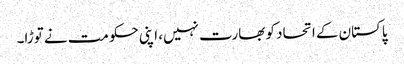
پاکستان کے اتحاد کو بھارت نہیں، اپنی حکومت نے توڑا۔